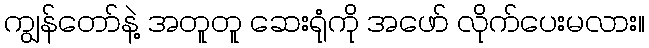
ကျွန်တော်နဲ့ အတူတူ ဆေးရုံကို အဖော် လိုက်ပေးမလား။